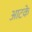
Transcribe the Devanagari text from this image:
आटके